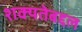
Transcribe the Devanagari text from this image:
शक्यतेबद्दल